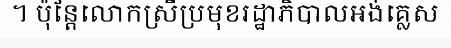
។ ប៉ុន្តែលោកស្រីប្រមុខរដ្ឋាភិបាលអង់គ្លេស